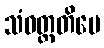
သံဝတ္တတိပေ